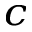
^ { c }